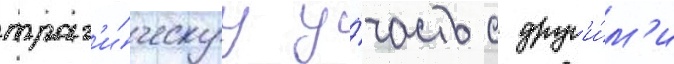
траг'и́ческуу у́часть с друг'и́м'и